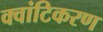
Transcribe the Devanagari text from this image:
क्वांटिकरण